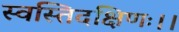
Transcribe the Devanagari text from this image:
स्वस्तिदक्षिणः।।